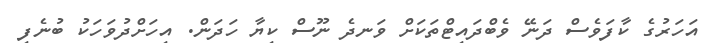
އަހަރުގެ ކާފަވެސް ދަނޭ ވެބްދައިޓްތަކަށް ވަނދެ ނޫސް ކިޔާ ހަދަން. އިހަށްދުވަހަކު ބުނެފި